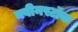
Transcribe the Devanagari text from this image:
क्वीनस्टॉक